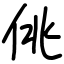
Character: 佻